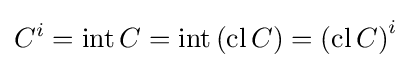
C^{i}=\operatorname {int} C=\operatorname {int} \left(\operatorname {cl} C\right)=\left(\operatorname {cl} C\right)^{i}